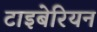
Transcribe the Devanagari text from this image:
टाइबेरियन